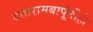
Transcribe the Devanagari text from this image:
दत्तारामबापूंनीही